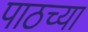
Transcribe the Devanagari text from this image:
पाठच्या